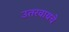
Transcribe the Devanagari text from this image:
उतरवायचे